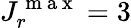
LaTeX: J_{r}^{\mathrm{~m~a~x~}}=3